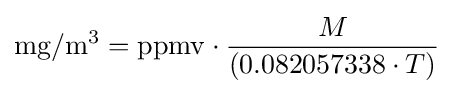
\mathrm {mg} /\mathrm {m} ^{3}=\mathrm {ppmv} \cdot {\frac {M}{(0.082057338\cdot T)}}